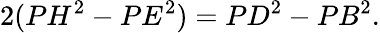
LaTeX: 2(PH^{2}-PE^{2})=PD^{2}-PB^{2}.